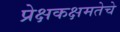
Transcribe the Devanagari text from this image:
प्रेक्षकक्षमतेचे